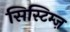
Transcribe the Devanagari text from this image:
सिस्टिम्ज़